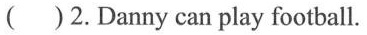
( )2.Danny can play football.